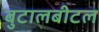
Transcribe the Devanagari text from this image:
बुटालबीटल